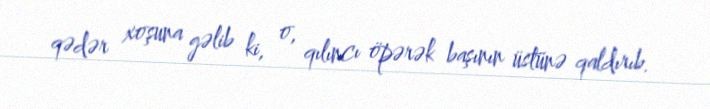
qədər xoşuna gəlib ki, o, qılıncı öpərək başının üstünə qaldırıb.